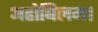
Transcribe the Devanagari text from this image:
अहोबिलम।